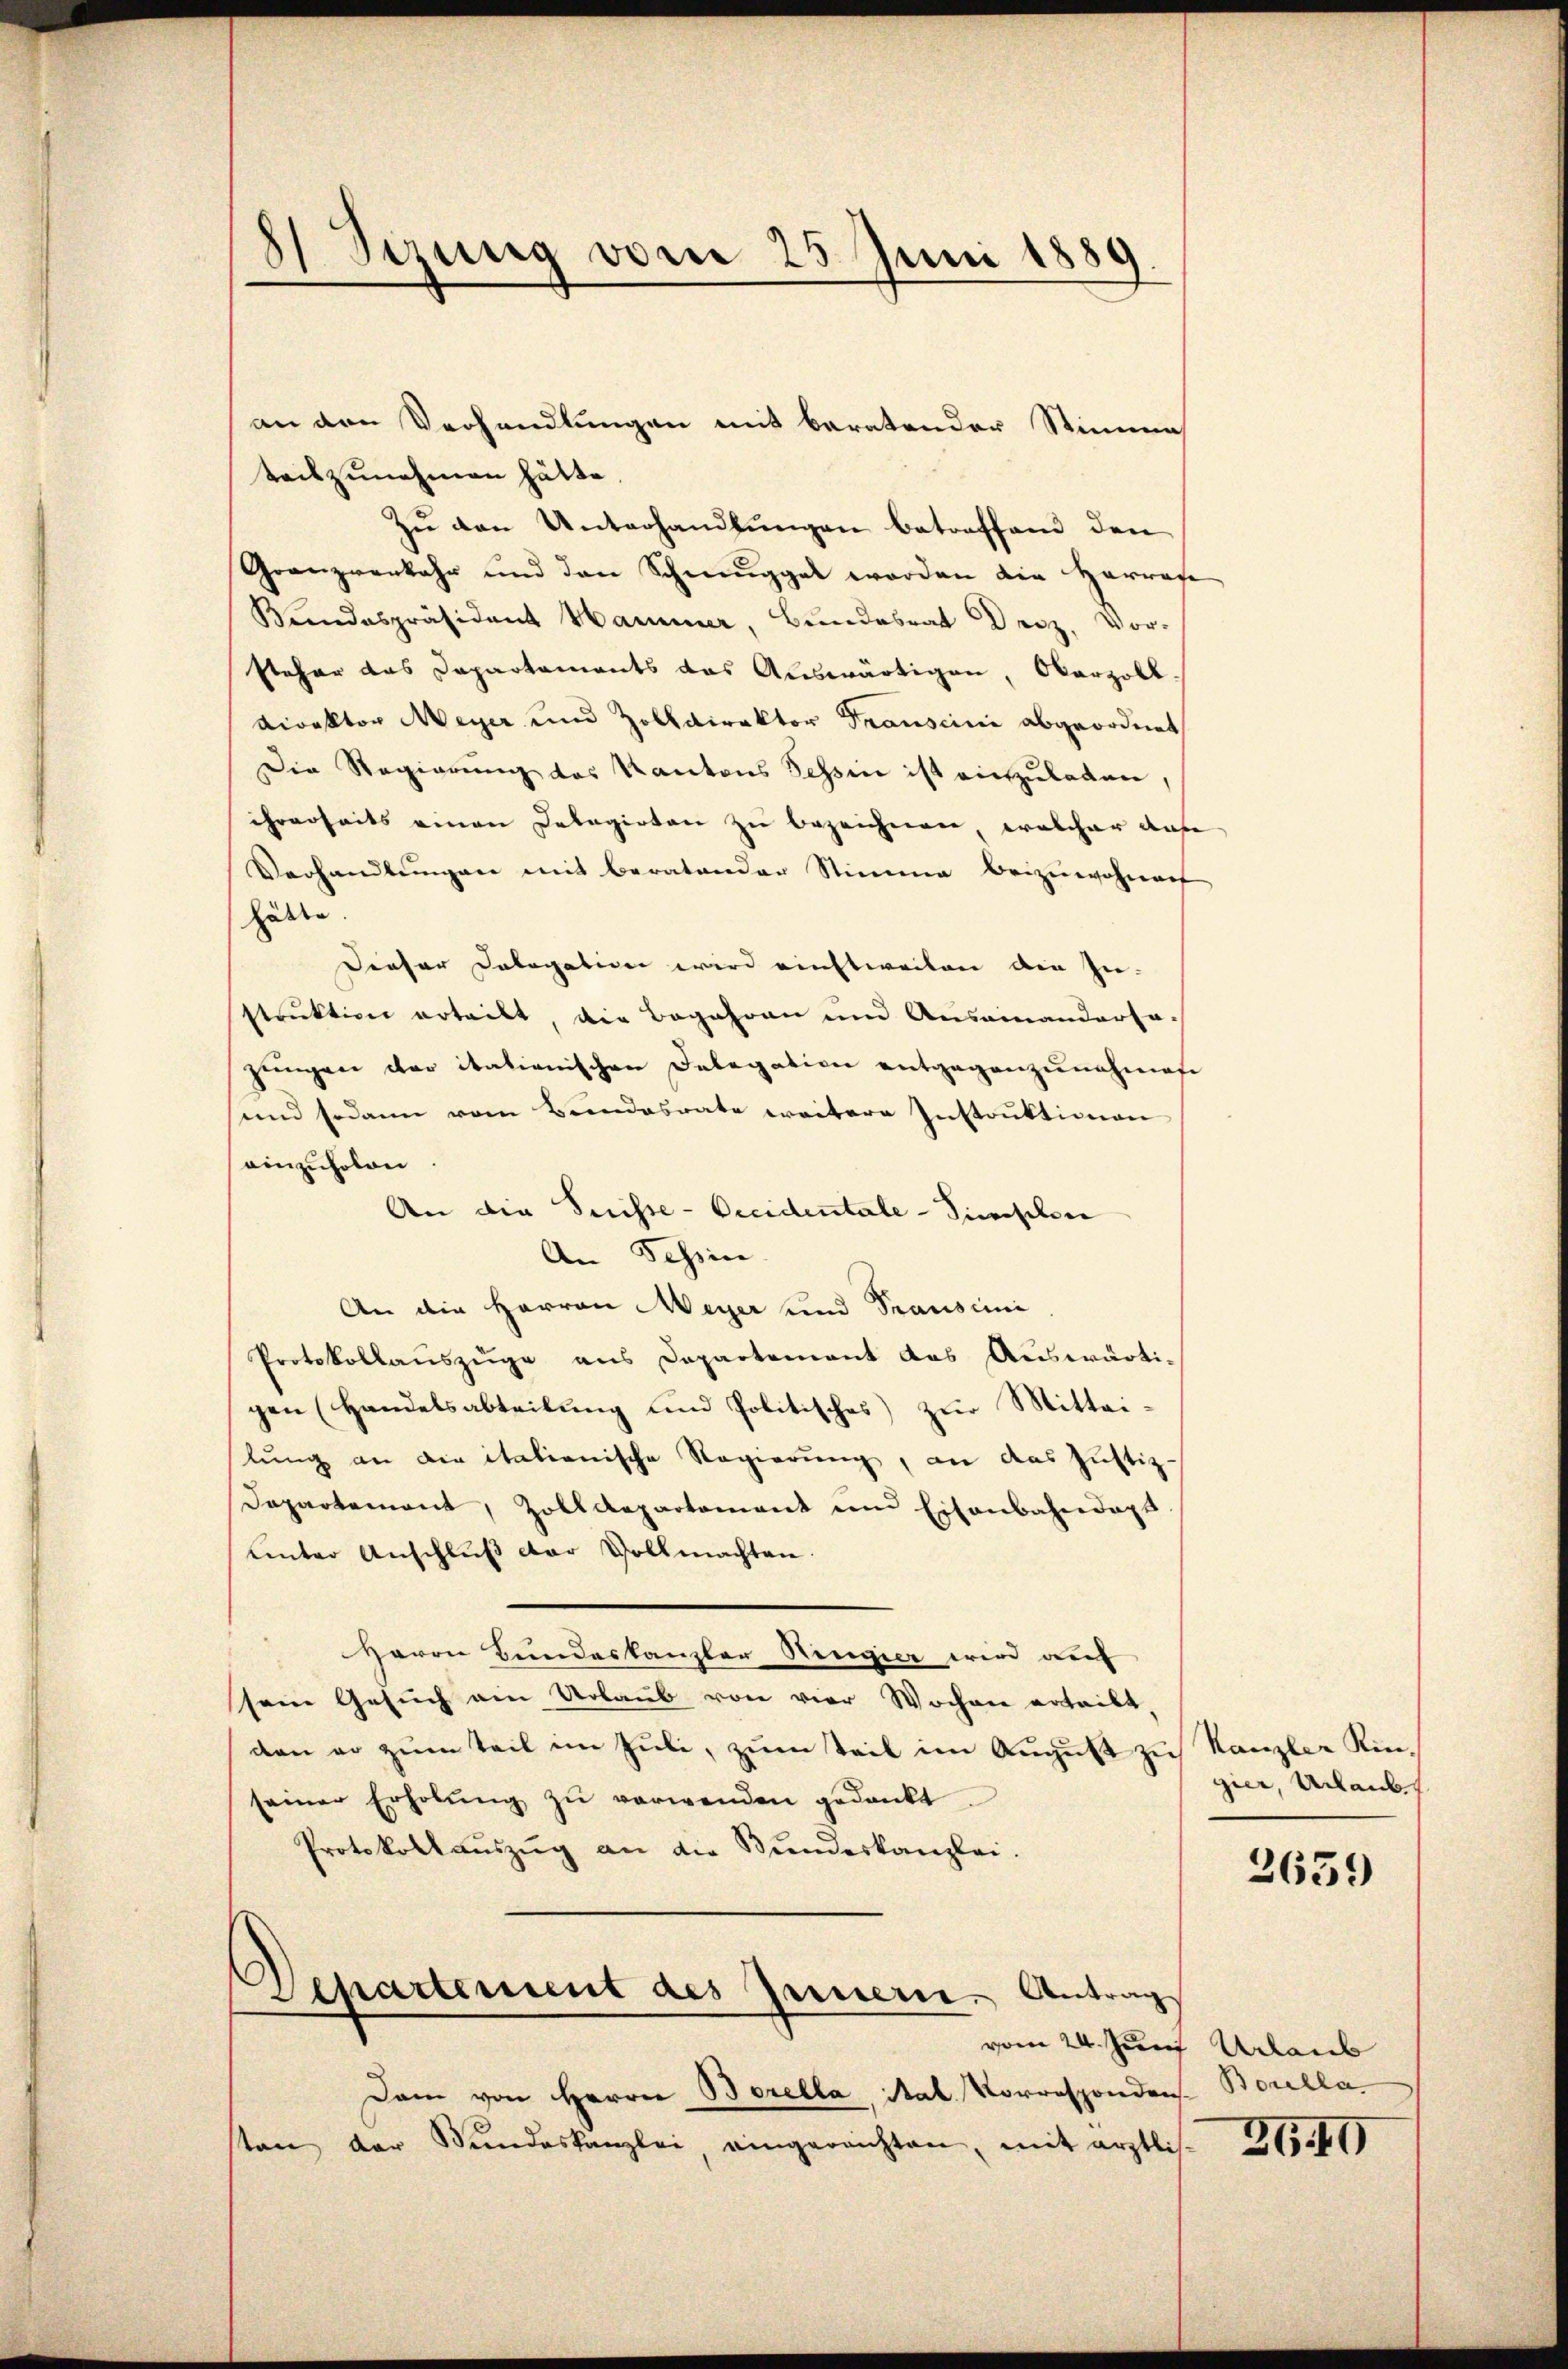
8) Sizung vom 25. Juni 1889

teilzunehmen hätte.
Zu den Unterhandlungen betreffend den
Granzverkehr und den Schmuggel worden die Harrafe
Bundespräsident Hammer, Bundesrat Dez. Vor-
steher das Departements das Auswärtigen, Okarzoll.
Direktor Meyer und Zolldirektor Transcini abgeordnet
Die Regierung des Kantons Tessin ist einzuladen,
ihrerseits einen Delegirten zu bezeichnen, welcher auf
Verhandlungen mit Beratender Stimme beizuwohnen
hätte.
Dieser Dologation wird einstweilen die In-
strŭktion erteilt, die Begehren und Auseinandersa-
jungen der itationischen Delegation entgegenzunehmest
und sodann vom Bundesrate weitere Instrŭktionen
einzuholen
An die Suisse-Occidentale - Simischen
An Schin
An die Herren Meyer und Transimi
Protokollauszuge aus Departement das Auswärti-
gen (Handelsabteilung und Politisches) zŭr Mittei-
lung an die itationische Regierung, an das Justiz-
Dapartemont, Zolldepartement und Eisenbahndaps.
unter Anschlŭβ der Vollmachten.
Herrn Bundeskanzler Ringier wird auf
sein Gesuch ain Urlaub von vier Wochen erteibt,
den er zum Teil im Juli, zum Teil im August zu Kanzler Kinseiner Erholŭng zŭ verwenden gedankt.
Protokoll aŭszŭg an die Bŭndeskanzlei.
Antrag
Departement des Gener.
vom 24. Juni Urlaub
Dam von Herrn Borella, Stal. Vorresponden Borella
sten der Bundeskanzlei, eingereichten, mit ärztlis-

an den Verhandlungen mit beratender Stimmes

gier, Urlaubt
2659

3640